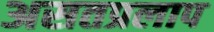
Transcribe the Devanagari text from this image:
असतप्रलाप